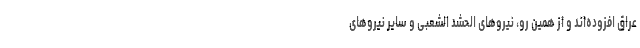
عراق افزوده‌اند و از همین رو، نیروهای الحشد الشعبی و سایر نیروهای